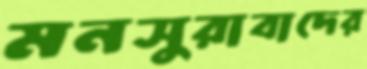
মনসুরাবাদের